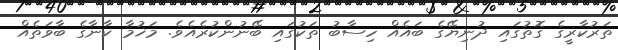
ތަރުކާރީގެ ގޮތުގައި ދުނިޔޭގެ ބައެއް ހިސާބު ތަކުގައި ބޭނުންކުރެއެވެ. މަޚުމާ ކާނާގެ ބާވަތެއް